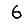
Digit: 6